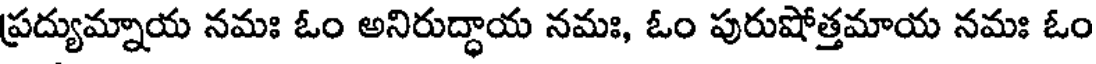
ప్రద్యుమ్నాయ నమః ఓం అనిరుద్ధాయ నమః, ఓం పురుషోత్తమాయ నమః ఓం